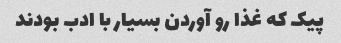
پیک که غذا رو آوردن بسیار با ادب بودند